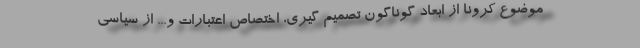
موضوع کرونا از ابعاد گوناگون تصمیم گیری، اختصاص اعتبارات و... از سیاسی